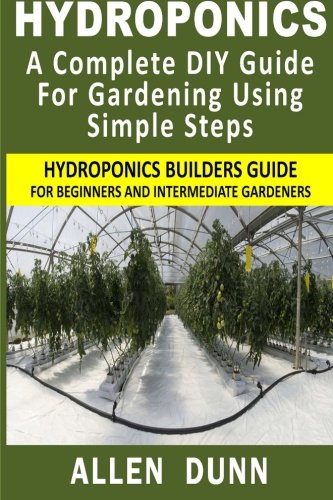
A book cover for Hydroponics : A Complete DIY Guide For Gardening Using Simple Steps: Hydroponics Builders Guide For Beginners And Intermediate Gardeners; Allen Dunn; Crafts, Hobbies & Home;